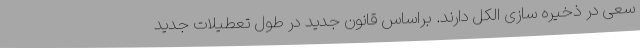
سعی در ذخیره سازی الکل دارند. براساس قانون جدید در طول تعطیلات جدید